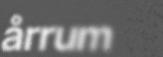
årrum